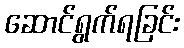
ဆောင်ရွက်ရခြင်း